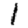
Digit: 1